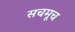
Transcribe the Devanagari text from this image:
सचमूच